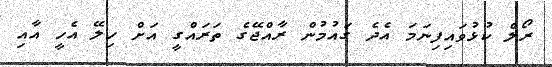
ރޯލް ކުޅުވައިފިނަމަ އެދެ ގައުމުން ރާއްޖޭގެ ތަރައްގީ އަށް ހިލޭ އެހީ އާއި